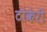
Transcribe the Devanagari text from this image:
टोकेरी